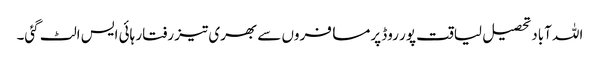
اللہ آباد تحصیل لیاقت پور روڈ پرمسافروں سے بھری تیز رفتار ہائی ایس الٹ گئی۔